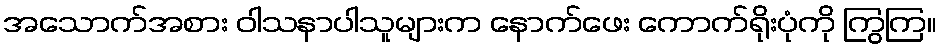
အသောက်အစား ဝါသနာပါသူများက နောက်ဖေး ကောက်ရိုးပုံကို ကြွကြ။